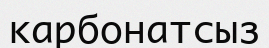
карбонатсыз